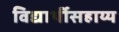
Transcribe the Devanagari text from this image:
विद्यार्थीसहाय्य